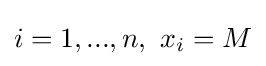
i=1,...,n,\ x_{i}=M